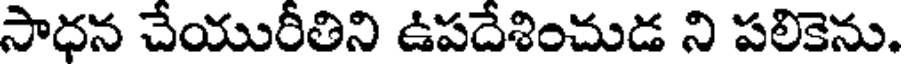
సాధన చేయురీతిని ఉపదేశించుడ ని పలికెను.